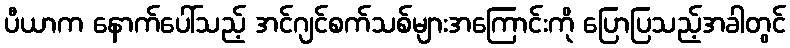
ပီယာက နောက်ပေါ်သည့် အင်ဂျင်စက်သစ်များအကြောင်းကို ပြောပြသည့်အခါတွင်